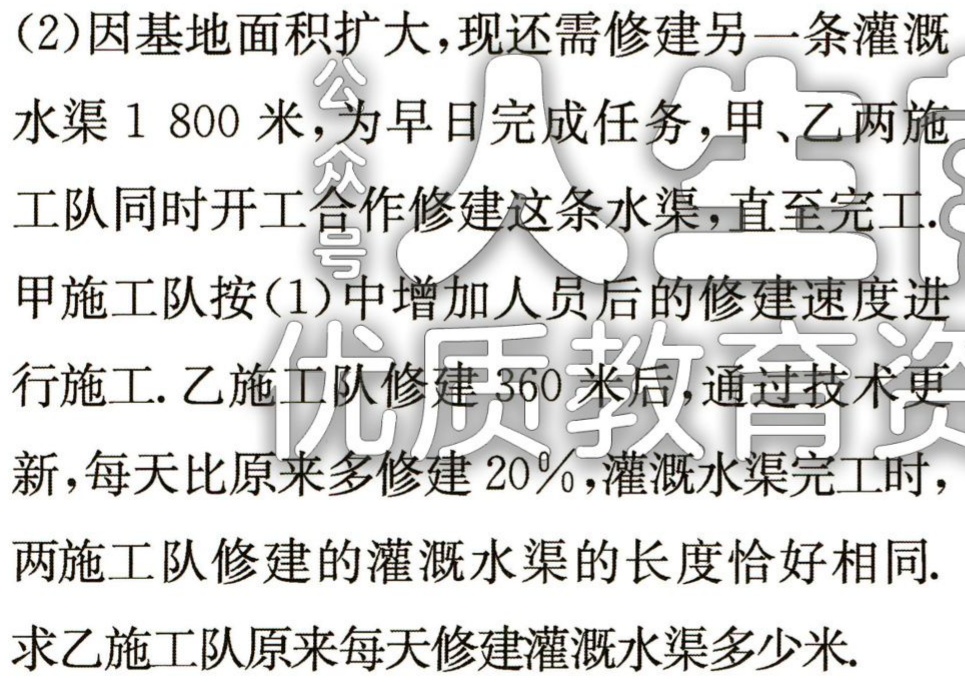
(2)因基地面积扩大，现还需修建另一条灌溉

水渠1 800米，为早日完成任务，甲、乙两施

工队同时开工合作修建这条水渠，直至完工.

甲施工队按(1)中增加人员后的修建速度进

行施工.乙施工队修建360米后，通过技术更

新，每天比原来多修建20%，灌溉水渠完工时，

两施工队修建的灌溉水渠的长度恰好相同.

求乙施工队原来每天修建灌溉水渠多少米.